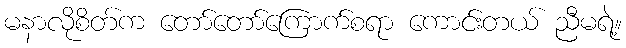
မနာလိုစိတ်က တော်တော်ကြောက်စရာ ကောင်းတယ် ညီမရဲ့။